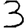
Digit: 3